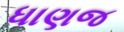
ધાણજ